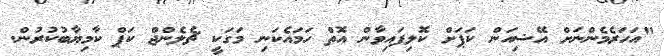
"އަހަރެމެންނަށް އޭޝިއަން ކަޕަށް ކޮލިފައިވާން އޮތް ހަމައެކަނި މަގަކީ ޗެލެންޖް ކަޕް ކާމިޔާބުކުރުން.